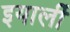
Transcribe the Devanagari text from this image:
इयार्ली